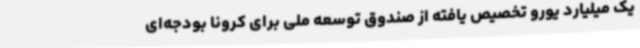
یک میلیارد یورو تخصیص یافته از صندوق توسعه ملی برای کرونا بودجه‌ای